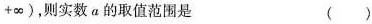
+\infty )，则实数a的取值范围是